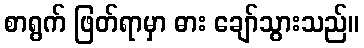
စာရွက် ဖြတ်ရာမှာ ဓား ချော်သွားသည်။